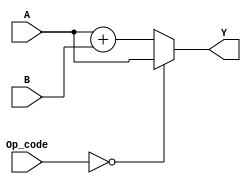
module ALU ( 
  input [2:0] Op_code,
  input [31:0] A, B,
  output [31:0] Y
);

reg [31:0] out;
wire [31:0] A1, B1;

assign A = A1;
assign B = B1;

	always@(B1 or A1 or Op_code)
	begin
		case(Op_code)
		000: out = A1;
		001: out = A1 + B1; 
		010: out = A1 - B1;
		011: out = A1 & B1;
		100: out = A1 | B1;
		101: out = A1 + 1'b1;
		110: out = A1 - 1'b1; 
		111: out = B1;
		default: out = A1 + B1;
		endcase
	end
assign Y = out;
endmodule